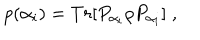
p ( \alpha _ { i } ) = T r [ P _ { \alpha _ { i } } \rho P _ { \alpha _ { i } } ] \; ,